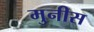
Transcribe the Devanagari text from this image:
मुनीस